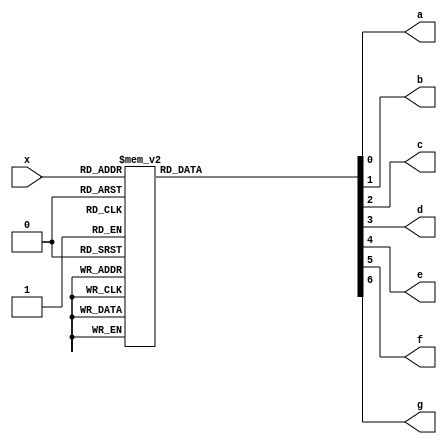
module giaima7thanh(x,a,b,c,d,e,f,g);
	input [3:0] x;
	output reg a,b,c,d,e,f,g;
	always@(x) begin
	    case (x)
		    4'b0000: begin a=1; b=1; c=1; d=1; e=1; f=1; g=0; end 	//0
		    4'b0001: begin a=0; b=1; c=1; d=0; e=0; f=0; g=0; end 	//1
		    4'b0010: begin a=1; b=1; c=0; d=1; e=1; f=0; g=1; end 	//2
		    4'b0011: begin a=1; b=1; c=1; d=1; e=0; f=0; g=1; end 	//3
		    4'b0100: begin a=0; b=1; c=1; d=0; e=0; f=1; g=1; end	//4
		    4'b0101: begin a=1; b=0; c=1; d=1; e=0; f=1; g=1; end	//5
		    4'b0110: begin a=1; b=0; c=1; d=1; e=1; f=1; g=1; end	//6
		    4'b0111: begin a=1; b=1; c=1; d=0; e=0; f=0; g=0; end	//7
		    4'b1000: begin a=1; b=1; c=1; d=1; e=1; f=1; g=1; end	//8
		    4'b1001: begin a=1; b=1; c=1; d=1; e=0; f=1; g=1; end	//9
		    default: begin a=0; b=0; c=0; d=0; e=0; f=0; g=1; end 	//-
	    endcase
	  end
endmodule